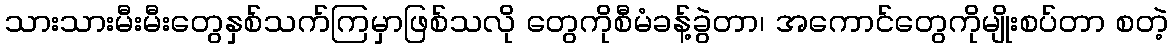
သားသားမီးမီးတွေနှစ်သက်ကြမှာဖြစ်သလို တွေကိုစီမံခန့်ခွဲတာ၊ အကောင်တွေကိုမျိုးစပ်တာ စတဲ့